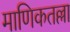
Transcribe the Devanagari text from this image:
माणिकतल्ला